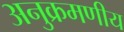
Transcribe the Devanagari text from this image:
अनुक्रमणीय